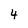
Character: 4